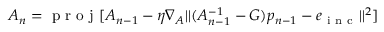
A _ { n } = \mathrm { ~ p ~ r ~ o ~ j ~ } [ A _ { n - 1 } - \eta \nabla _ { A } | | ( A _ { n - 1 } ^ { - 1 } - G ) p _ { n - 1 } - e _ { \mathrm { ~ i ~ n ~ c ~ } } | | ^ { 2 } ]